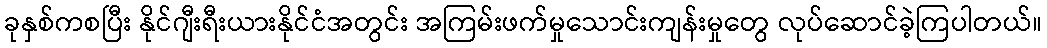
ခုနှစ်ကစပြီး နိုင်ဂျီးရီးယားနိုင်ငံအတွင်း အကြမ်းဖက်မှုသောင်းကျန်းမှုတွေ လုပ်ဆောင်ခဲ့ကြပါတယ်။